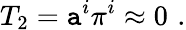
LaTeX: T_{2}=\mathtt{a}^{i}\pi^{i}\approx0\, \, .